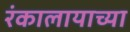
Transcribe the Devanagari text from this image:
रंकालायाच्या